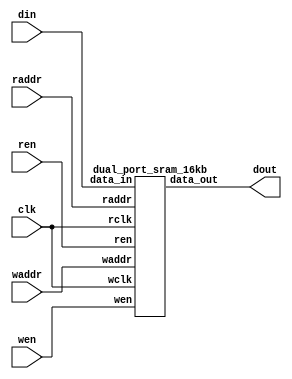
// This program was cloned from: https://github.com/lnis-uofu/OpenFPGA
// License: MIT License

//-----------------------------------------------------
// Design Name : dual_port_ram_16k
// Function    : Dual port RAM 2048x8bit
// Coder       : Xifan Tang
//-----------------------------------------------------

module dual_port_ram_16k (
  input clk,
  input wen,
  input ren,
  input [10:0] waddr,
  input [10:0] raddr,
  input [7:0] din,
  output [7:0] dout
);

    dual_port_sram_16kb memory_0 (
      .wclk    (clk),
      .wen    (wen),
      .waddr    (waddr),
      .data_in  (din),
      .rclk    (clk),
      .ren    (ren),
      .raddr    (raddr),
      .data_out    (dout) );

endmodule

module dual_port_sram_16kb (
  input wclk,
  input wen,
  input [10:0] waddr,
  input [7:0] data_in,
  input rclk,
  input ren,
  input [10:0] raddr,
  output [7:0] data_out
);

  reg [7:0] ram[2047:0];
  reg [7:0] internal;

  assign data_out = internal;

  always @(posedge wclk) begin
    if(wen) begin
      ram[waddr] <= data_in;
    end
  end

  always @(posedge rclk) begin
    if(ren) begin
      internal <= ram[raddr];
    end
  end

endmodule